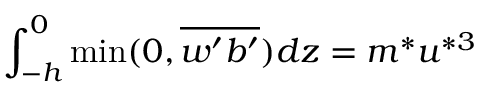
\int _ { - h } ^ { 0 } \operatorname* { m i n } ( 0 , \overline { { w ^ { \prime } b ^ { \prime } } } ) d z = m ^ { * } u ^ { * 3 }